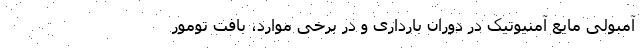
آمبولی مایع آمنیوتیک در دوران بارداری و در برخی موارد، بافت تومور